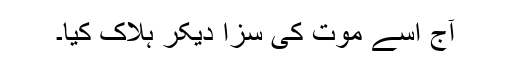
آج اُسے موت کی سزا دیکر ہلاک کیا۔